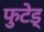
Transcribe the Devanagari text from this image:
फुटेड्